Vaccination in Bombay 1889-1901 - 1889-1901
Year: 1889
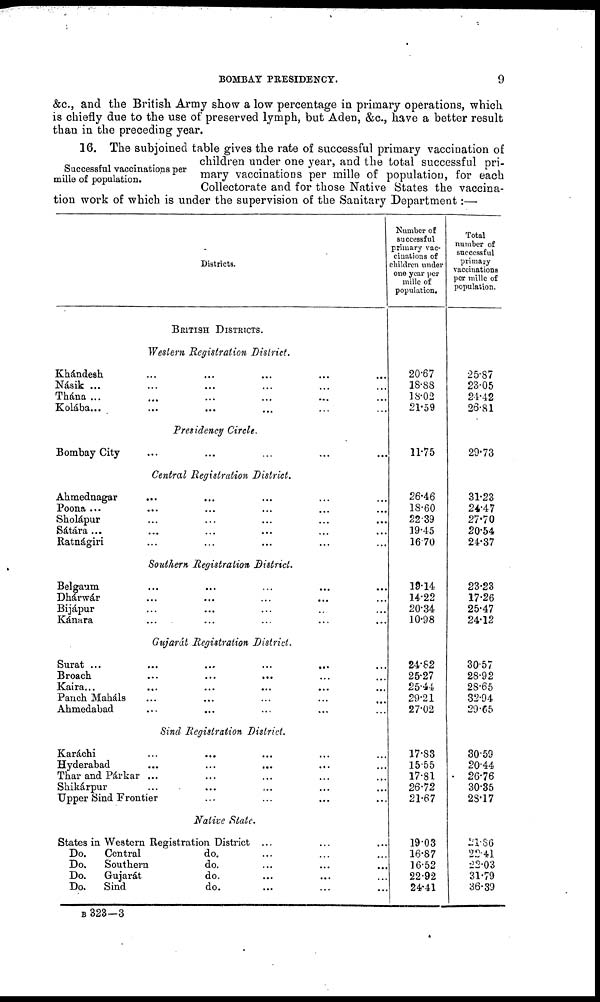
BOMBAY PRESIDENCY.
9
&c., and the British Army show a low percentage in primary operations, which
is chiefly due to the use of preserved lymph, but Aden, &c., have a better result
than in the preceding year.
Successful vaccinations per
mille of population.
16. The subjoined table gives the rate of successful primary vaccination of
children under one year, and the total successful pri-
mary vaccinations per mille of population, for each
Collectorate and for those Native States the vaccina-
tion work of which is under the supervision of the Sanitary Department:—
Districts.
BRITISH DISTRICTS.
Western Registration District.
Khándesh ... ... ... ... ...
Násik ... ... ... ... ... ...
Thána ... ... ... ... ... ...
Kolába... ... ... ... ... ...
Presidency Circle.
Bombay City ... ... ... ... ...
Central Registration District.
Ahmednagar ... ... ... ... ...
Poona ... ... ... ... ... ...
Sholápur ... ... ... ... ...
Sátára ... ... ... ... ... ...
Ratnágiri ... ... ... ... ...
Southern Registration District.
Belgaum ... ... ... ... ...
Dhárwár ... ... ... ... ...
Bijápur ... ... ... ... ...
Kánara ... ... ... ... ...
Gujarát Registration District.
Surat ...
...
...
...
...
Broach ... ... ... ... ...
Kaira... ... ... ... ...
Panch Maháls ... ... ... ... ...
Ahmedabad ... ... ... ... ...
Sind Registration District.
Karáchi ... ... ... ... ...
Hyderabad ... ... ... ......
Thar and Párkar ... ... ... ... ...
Shikárpur ... ... ... ... ...
Upper Sind Frontier ... ... ... ... ...
Native State.
States in Western Registration District
Do.
Central
do. ... ... ...
Do.
Southern
do. ... ... ...
Do.
Gujarát
do. ... ... ...
Do.
Sind
do. ... ... ...
Number of
successful
primary vac¬
cinations of
children under
one year per
mille of
population.
20.67
18.88
18.02
21.59
11.75
26.46
18.60
22.39
19.45
16.70
19.14
14.22
20.34
10.98
24.82
25.27
25.44
29.21
27.02
17.83
15.55
17.81
26.72
21.67
19.03
16.87
16.52
22.92
24.41
Total
number of
successful
primary
vaccinations
per mille of
population.
25.87
23.05
21.42
26.81
29.73
31.23
24.47
27.70
20.54
24.37
23.23
17.26
25.47
24.12
30.57
28.92
28.65
32.94
29.65
30.59
20.44
26.76
30.35
28.17
21.86
22.41
22.03
31.79
36.39
B 323-3